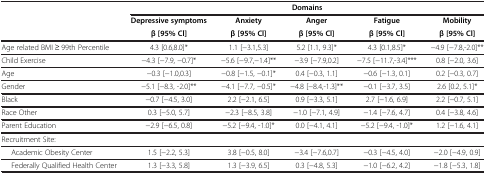
|  | <COLSPAN=5> Domains |
 |  | Depressive symptoms | Anxiety | Anger | Fatigue | Mobility |
 |  | β [95% Cl] | β [95% Cl] | β [95% Cl] | β [95% Cl] | β [95% Cl] |
 | --- | --- | --- | --- | --- | --- |
 | Age related BMI ≥ 99th Percentile | 4.3 [0.6,8.0]* | 1.1 [−3.1,5.3] | 5.2 [1.1, 9.3]* | 4.3 [0.1,8.5]* | −4.9 [−7.8,-2.0]** |
 | Child Exercise | −4.3 [−7.9, −0.7]* | −5.6 [−9.7,−1.4]** | −3.9 [−7.9,0.2] | −7.5 [−11.7,-3.4]*** | 0.8 [−2.0, 3.6] |
 | Age | −0.3 [−1.0,0.3] | −0.8 [−1.5, −0.1]* | 0.4 [−0.3, 1.1] | −0.6 [−1.3, 0.1] | 0.2 [−0.3, 0.7] |
 | Gender | −5.1 [−8.3, -2.0]** | −4.1 [−7.7, −0.5]* | −4.8 [−8.4,-1.3]** | −0.1 [−3.7, 3.5] | 2.6 [0.2, 5.1]* |
 | Black | −0.7 [−4.5, 3.0] | 2.2 [−2.1, 6.5] | 0.9 [−3.3, 5.1] | 2.7 [−1.6, 6.9] | 2.2 [−0.7, 5.1] |
 | Race Other | 0.3 [−5.0, 5.7] | −2.3 [−8.5, 3.8] | −1.0 [−7.1, 4.9] | −1.4 [−7.6, 4.7] | 0.4 [−3.8, 4.6] |
 | Parent Education | −2.9 [−6.5, 0.8] | −5.2 [−9.4, -1.0]* | 0.0 [−4.1, 4.1] | −5.2 [−9.4, -1.0]* | 1.2 [−1.6, 4.1] |
 | Recruitment Site: |  |  |  |  |  |
 | Academic Obesity Center | 1.5 [−2.2, 5.3] | 3.8 [−0.5, 8.0] | −3.4 [−7.6,0.7] | −0.3 [−4.5, 4.0] | −2.0 [−4.9, 0.9] |
 | Federally Qualified Health Center | 1.3 [−3.3, 5.8] | 1.3 [−3.9, 6.5] | 0.3 [−4.8, 5.3] | −1.0 [−6.2, 4.2] | −1.8 [−5.3, 1.8] |